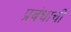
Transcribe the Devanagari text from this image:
प्रबंधाची